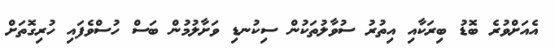
އެއަށްވުރެ ބޮޑު ބިރަކާއި އިތުރު ސުވާލުތަކުން ސިކުނޑި ވަށާލުމުން ބަސް ހުސްވެފައި ހުރިގޮތަށް